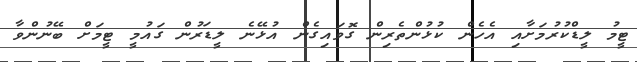
ޓީމު ލީޑްކުރުމަށާއި އެހެން ކުޅުންތެރިން ގޮވައިގެން އުޅޭނެ ލީޑަރުން ގައުމީ ޓީމަށް ބޭނުންވާ